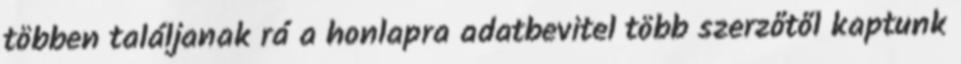
többen találjanak rá a honlapra adatbevitel több szerzőtől kaptunk